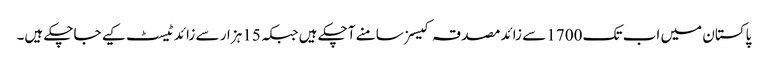
پاکستان میں اب تک 1700 سے زائد مصدقہ کیسز سامنے آچکے ہیں جبکہ 15 ہزار سے زائد ٹیسٹ کیے جاچکے ہیں۔